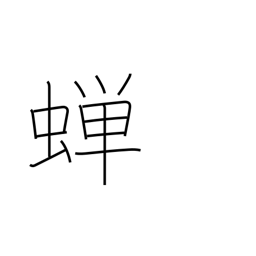
Meaning: cicada